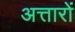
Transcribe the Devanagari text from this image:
अत्तारों